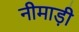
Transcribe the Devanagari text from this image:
नीमाड़ी